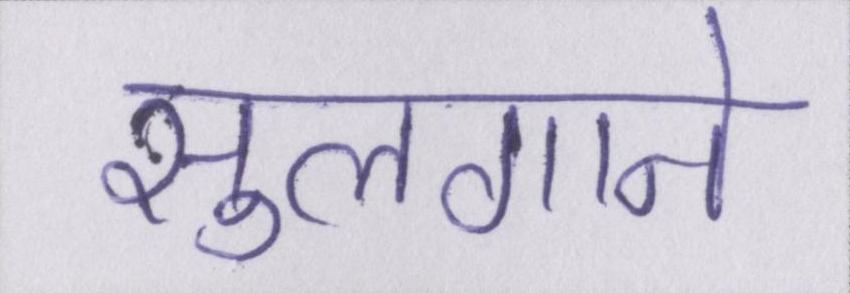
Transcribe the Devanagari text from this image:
सुलगाने